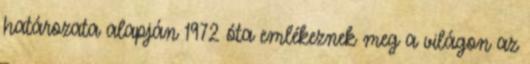
határozata alapján 1972 óta emlékeznek meg a világon az